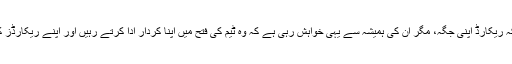
اپنی بات کو آگے بڑھاتے ہوئے یونس خان کا کہنا تھا کہ ریکارڈ اپنی جگہ، مگر اُن کی ہمیشہ سے یہی خواہش رہی ہے کہ وہ ٹیم کی فتح میں اپنا کردار ادا کرتے رہیں اور اپنے ریکارڈز کے بجائے ملک کے لیے کھیلنے کو ترجیح دیتے رہیں۔